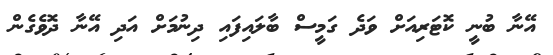
އޭނާ ބުނީ ކޮޓަރިއަށް ވަދެ ގަމީސް ބާލައިފައި ދިނުމަށް އަދި އޭނާ ދޮވެގެން